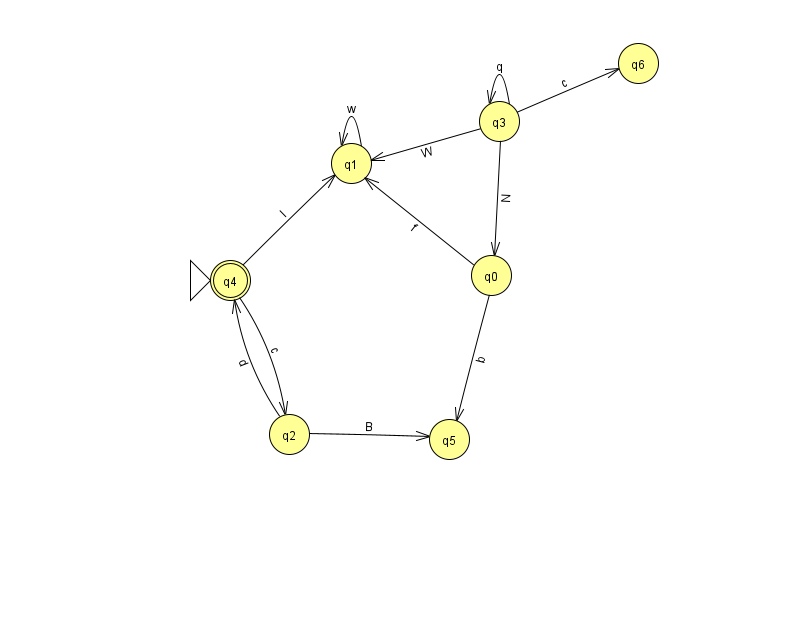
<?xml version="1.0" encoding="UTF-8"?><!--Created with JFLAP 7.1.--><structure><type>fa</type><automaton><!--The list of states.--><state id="0" name="q0"><x>491.0</x><y>262.0</y></state><state id="1" name="q1"><x>351.0</x><y>150.0</y></state><state id="2" name="q2"><x>289.0</x><y>421.0</y></state><state id="3" name="q3"><x>499.0</x><y>108.0</y></state><state id="4" name="q4"><x>230.0</x><y>267.0</y><initial/><final/></state><state id="5" name="q5"><x>449.0</x><y>426.0</y></state><state id="6" name="q6"><x>638.0</x><y>50.0</y></state><!--The list of transitions.--><transition><from>3</from><to>6</to><read>c</read></transition><transition><from>3</from><to>3</to><read>q</read></transition><transition><from>4</from><to>1</to><read>l</read></transition><transition><from>2</from><to>4</to><read>d</read></transition><transition><from>3</from><to>0</to><read>N</read></transition><transition><from>4</from><to>2</to><read>c</read></transition><transition><from>3</from><to>1</to><read>W</read></transition><transition><from>1</from><to>1</to><read>w</read></transition><transition><from>0</from><to>1</to><read>f</read></transition><transition><from>0</from><to>5</to><read>b</read></transition><transition><from>2</from><to>5</to><read>B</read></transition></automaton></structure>